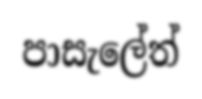
පාසැලේත්